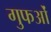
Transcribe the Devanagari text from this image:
गुफओं